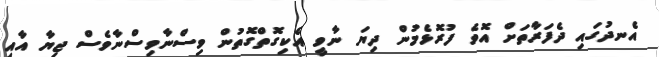
އެނދުގައި ދެފަރާތަށް އޮވެ ފުރޮޅެމުން ދިޔަ ނާވީ އެކިގޮތްގޮތުން ވިސްނާވިސްނާވެސް ޖިޔާ އާއި